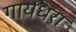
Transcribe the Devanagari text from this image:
गायधरा